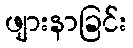
ဖျားနာခြင်း